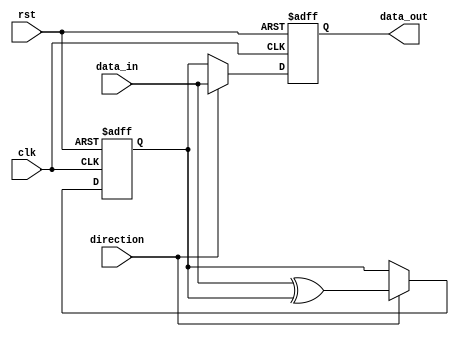
module diff_bidirectional_buf (
    input wire clk,
    input wire rst,
    input wire direction,
    input wire data_in,
    output reg data_out
);

reg feedback;

always @(posedge clk or negedge rst) begin
    if (!rst) begin
        feedback <= 1'b0;
        data_out <= 1'b0;
    end else begin
        if (direction) begin
            data_out <= data_in;
            feedback <= data_in ^ feedback;
        end else begin
            data_out <= feedback;
            feedback <= feedback;
        end
    end
end

endmodule